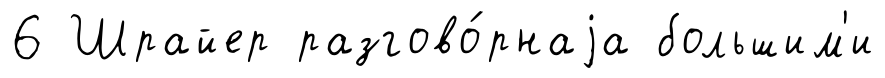
6 Шрайер разгово́рнаjа большим'и